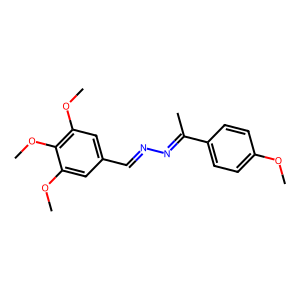
SMILES: COc1ccc(C(C)=NN=Cc2cc(OC)c(OC)c(OC)c2)cc1
Inhibits HIV replication: No